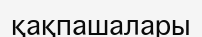
қақпашалары